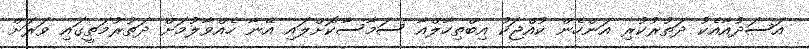
އަސަދުއާއެކު ދަތުރުކުރި އަންހެން ކުއްޖަކު އިބްތިހާލްއާ ސަމާސާކޮށްލައި އޭނާ ހެއްވާލުމަށް ދަތުރުމަތީގައި ވަރަށް